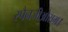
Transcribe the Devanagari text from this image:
स्पैनजीऔसम।